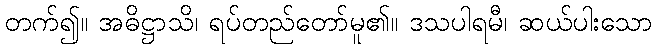
တက်၍။ အဓိဋ္ဌာသိ၊ ရပ်တည်တော်မူ၏။ ဒသပါရမီ၊ ဆယ်ပါးသော